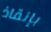
بإنقاذ